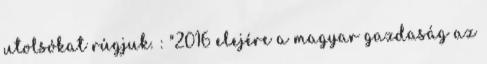
utolsókat rúgjuk. : "2016 elejére a magyar gazdaság az